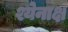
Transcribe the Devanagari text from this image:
श्येनाक्ष